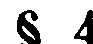
§ 4